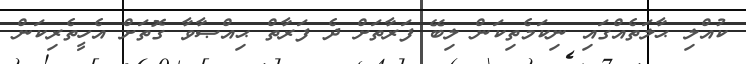
ކުއްލި ޙާލަތެއްގައި ނިކަމެތިކަން ލިބޭ ފަރާތަށް ދެ ފަރާތް ޙިއްޞާވާ ގޮތަށް އެހީތެރިކަން